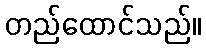
တည်ထောင်သည်။